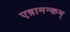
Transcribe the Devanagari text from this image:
एष़ामन्कम्